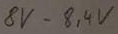
Text: 8V-8,4V